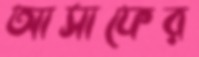
আসাফের